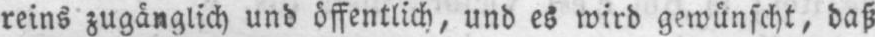
reins zugänglich und öffentlich, und es wird gewünscht, daß